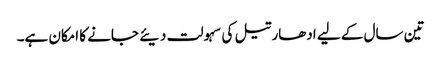
تین سال کے لیے ادھار تیل کی سہولت دیئے جانے کا امکان ہے۔